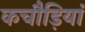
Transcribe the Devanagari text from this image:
कचौड़ियां